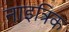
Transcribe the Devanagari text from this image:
नाइत्रिक